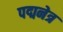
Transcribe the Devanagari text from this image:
पद्मनेत्र